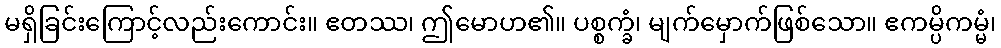
မရှိခြင်းကြောင့်လည်းကောင်း။ ဧတဿ၊ ဤမောဟ၏။ ပစ္စက္ခံ၊ မျက်မှောက်ဖြစ်သော။ ဧကမ္ပိကမ္မံ၊